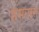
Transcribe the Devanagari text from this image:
हसनात